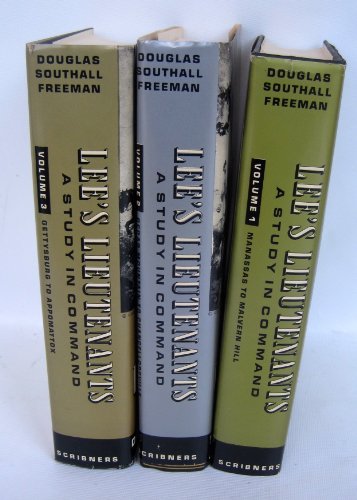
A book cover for Lee's Lieutenants:  A Study in Command (3 Volumes); Douglas Southall Freeman; History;